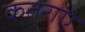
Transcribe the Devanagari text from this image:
कतराएं